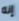
إنه